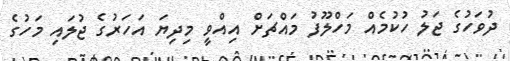
ދުވަހުގެ ޖަލު ހުކުމެއް މަހްލޫފު މައްޗަށް އިއްވީ މިދިޔަ އަހަރުގެ ޖުލައި މަހުގެ